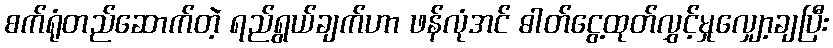
စက်ရုံတည်ဆောက်တဲ့ ရည်ရွယ်ချက်ဟာ ဖန်လုံအင် ဓါတ်ငွေ့ထုတ်လွှင့်မှုလျှော့ချပြီး